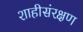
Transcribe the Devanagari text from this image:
शाहीसंरक्षण